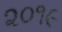
૨૦૧૯